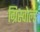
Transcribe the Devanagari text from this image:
ग्रिस्वोल्ड